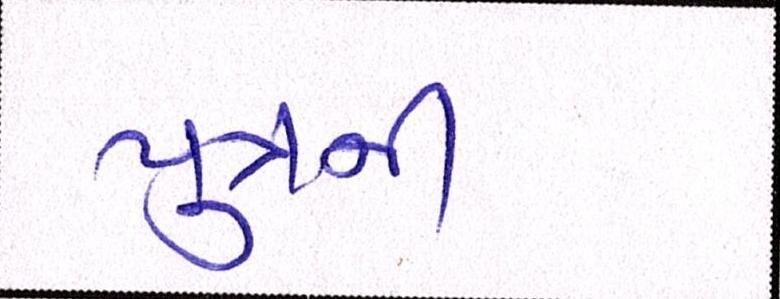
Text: પુત્રની